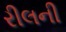
રીલની